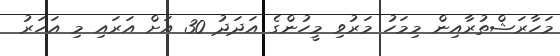
މަހާރަޝްތުރާއިން މިމަހު މަރުވި މީހުންގެ އަދަދު 30 އަށް އަރައި މި އަހަރު